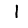
Digit: 1